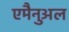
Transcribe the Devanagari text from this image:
एमैनुअल